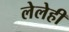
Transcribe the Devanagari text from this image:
लेलेही